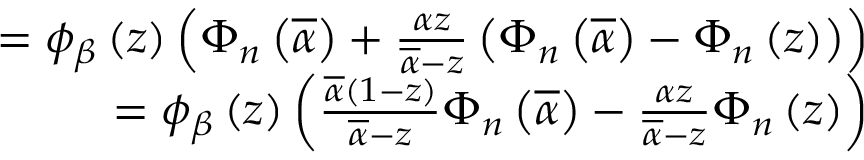
\begin{array} { r } { = \phi _ { \beta } \left( z \right) \left( \Phi _ { n } \left( \overline { { \alpha } } \right) + \frac { \alpha z } { \overline { { \alpha } } - z } \left( \Phi _ { n } \left( \overline { { \alpha } } \right) - \Phi _ { n } \left( z \right) \right) \right) } \\ { = \phi _ { \beta } \left( z \right) \left( \frac { \overline { { \alpha } } \left( 1 - z \right) } { \overline { { \alpha } } - z } \Phi _ { n } \left( \overline { { \alpha } } \right) - \frac { \alpha z } { \overline { { \alpha } } - z } \Phi _ { n } \left( z \right) \right) } \end{array}